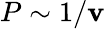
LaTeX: P\sim1/\mathbf{v}